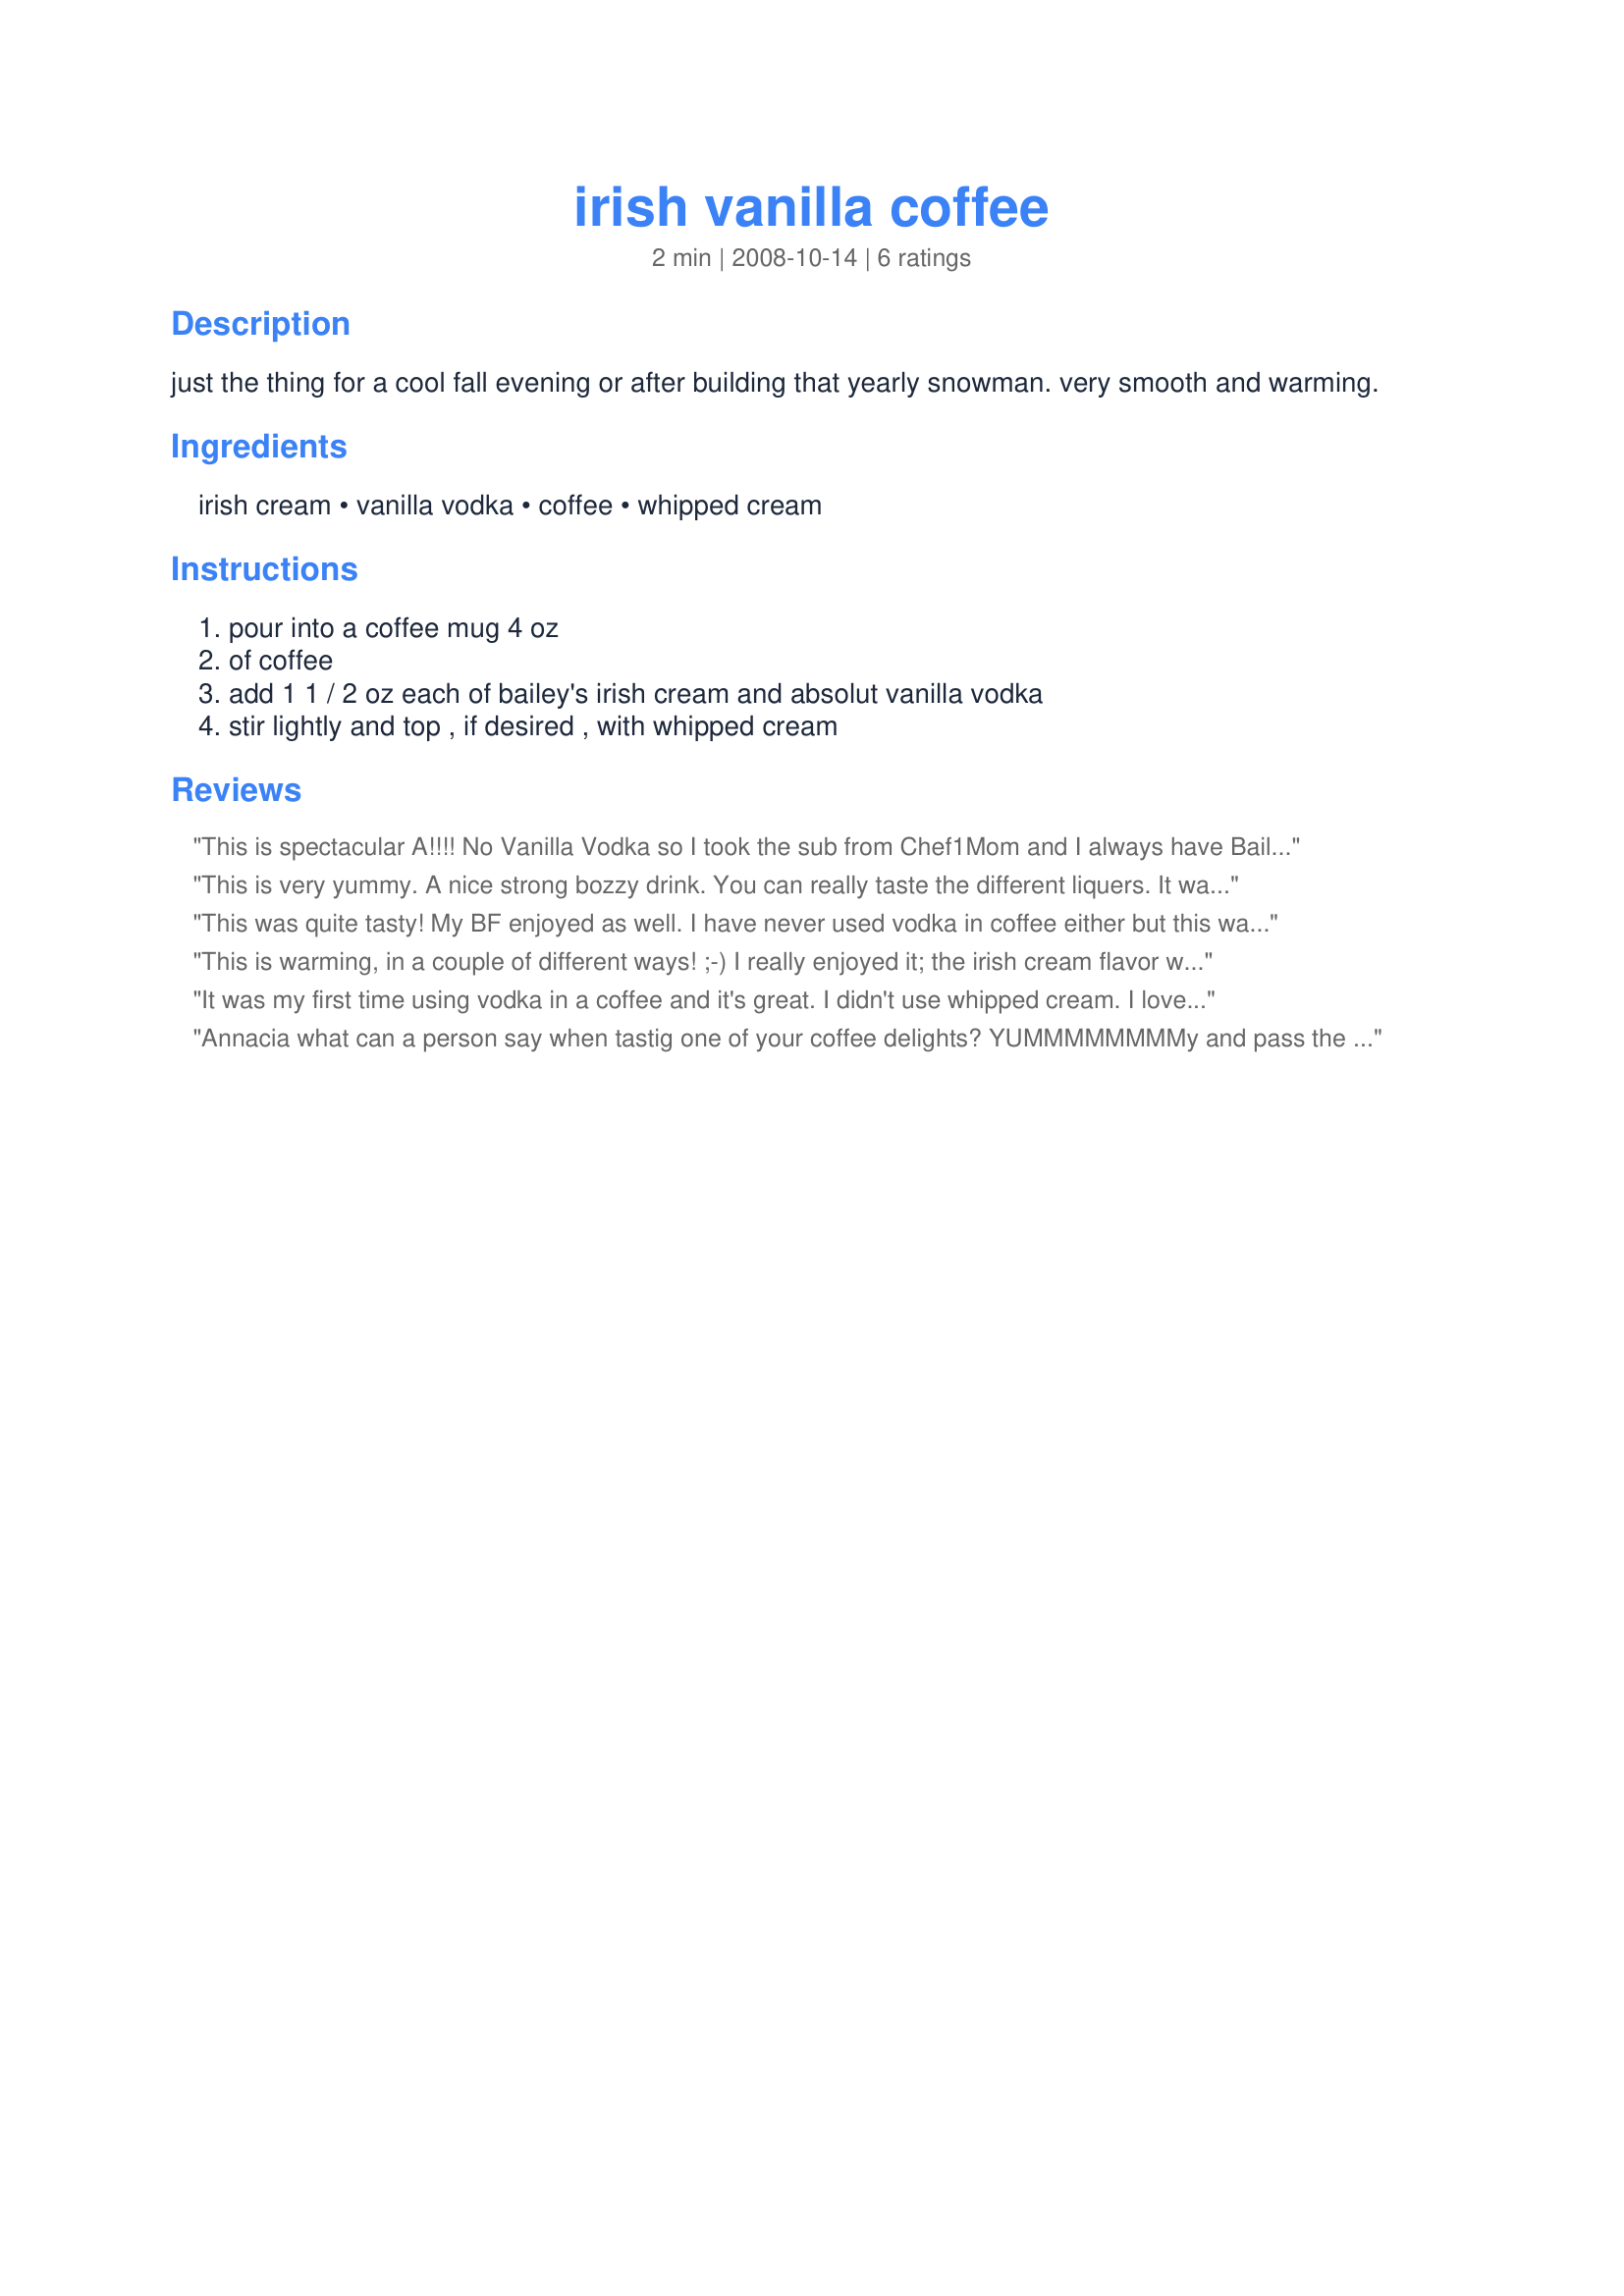
irish vanilla coffee
Preparation time: 2 minutes

just the thing for a cool fall evening or after building that yearly snowman. very smooth and warming.

Ingredients:
irish cream, vanilla vodka, coffee, whipped cream

Steps:
pour into a coffee mug 4 oz, of coffee, add 1 1 / 2 oz each of bailey's irish cream and absolut vanilla vodka, stir lightly and top , if desired , with whipped cream

Reviews:
This is spectacular A!!!! No Vanilla Vodka so I took the sub from Chef1Mom and I always have Baileys on hand! It was already tagged but we had it last night and it was very good!
Jelly :)
This is very yummy. A nice strong bozzy drink. You can really taste the different liquers. It was delicious and warming. Thanks for sharing oh Coffee Queen.
This was quite tasty! My BF enjoyed as well. I have never used vodka in coffee either but this was very smooth. Thanks!
This is warming, in a couple of different ways! ;-) I really enjoyed it; the irish cream flavor was there, with the hint of vanilla shining through. Who knew you could put vodka in coffee? Annacia knew, that's who! Thanks for sharing this great toddy, Annacia!
It was my first time using vodka in a coffee and it's great. I didn't use whipped cream. I loved it that way. Thanks Annacia :) Made for Photo tag
Annacia what can a person say when tastig one of your coffee delights? YUMMMMMMMMy and pass the pot (of coffee that is)!
This is fantastic! I did not have any vanilla vodka left after holidays so subbed in a tsp of vanilla flavor. Added in some 1/2 and 1/2 creamer and a smidgeon (cough) of whipped cream for looks. 
Excellent tagged for Comfort Cafe 2009
